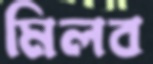
মিলব